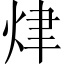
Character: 𤈠